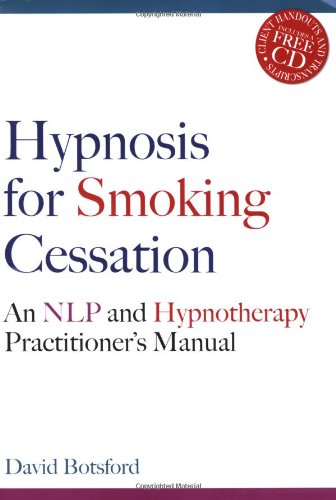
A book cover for Hypnosis for Smoking Cessation: An Nlp and Hypnotherapy Practitioner's Manual; David Botsford; Health, Fitness & Dieting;